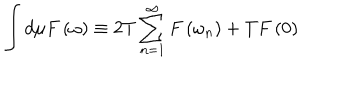
LaTeX: \int d \mu F \left( \omega \right) \equiv 2 T \sum _ { n = 1 } ^ { \infty } F \left( \omega _ { n } \right) + T F \left( 0 \right)